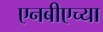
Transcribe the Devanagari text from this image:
एनबीएच्या